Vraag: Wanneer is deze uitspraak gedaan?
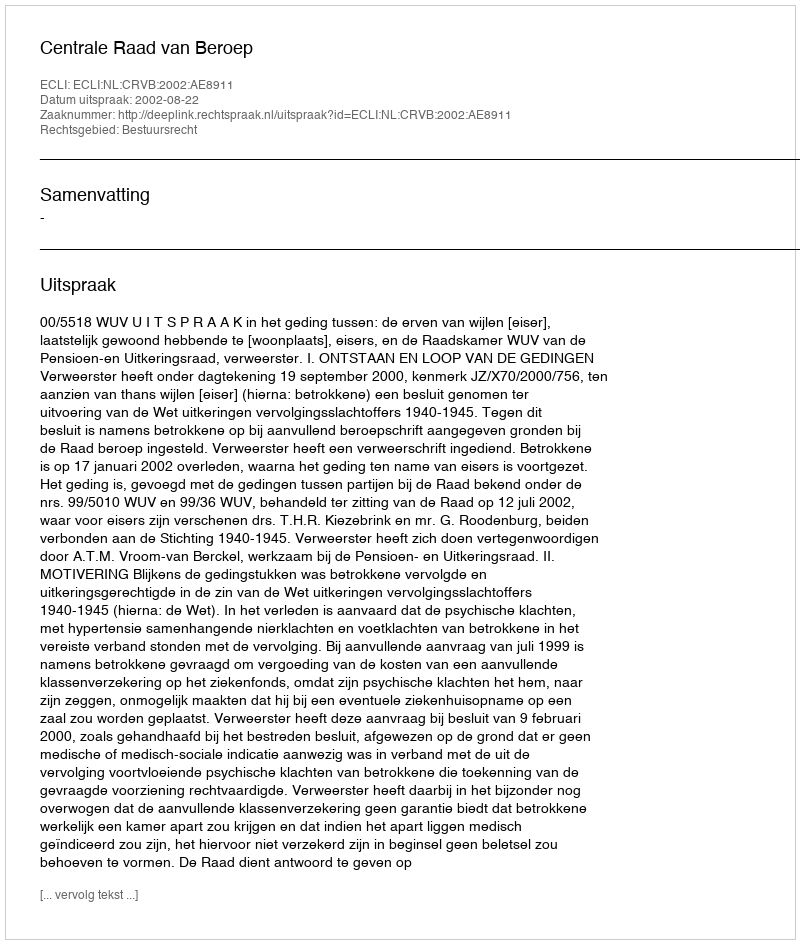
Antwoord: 2002-08-22